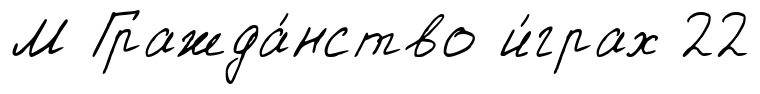
М Гражда́нство и́грах 22